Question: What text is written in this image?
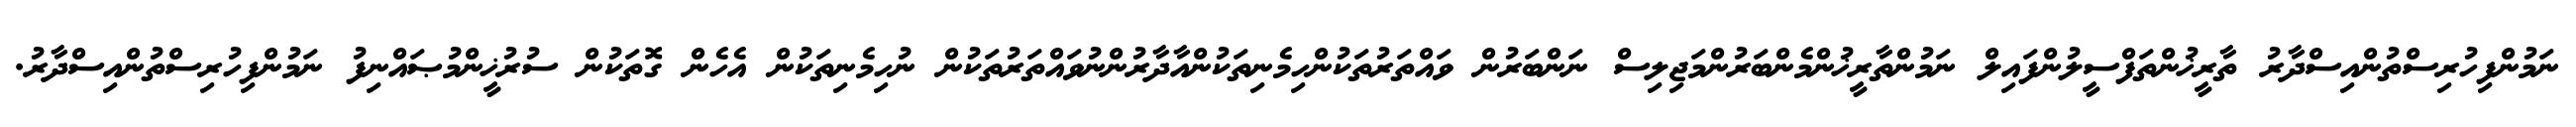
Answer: ނަމުންފިހުރިސްތުންއިސްދާރު ތާރީޚުންތަފްސީލުންފައިލް ނަމުންތާރީޚުންމެންބަރުންމަޖިލިސް ނަންބަރުން ވައްތަރުތަކުންހިމެނިތަކުންއާދާރުންނުވައްތަރުތަކުން ނުހިމެނިތަކުން އެހެން ގޮތަކުން ސުރުޚީންމުޞައްނިފު ނަމުންފިހުރިސްތުންއިސްދާރު.